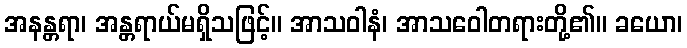
အနန္တရာ၊ အန္တရာယ်မရှိသဖြင့်။ အာသဝါနံ၊ အာသဝေါတရားတို့၏။ ခယော၊